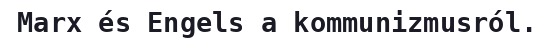
Marx és Engels a kommunizmusról.